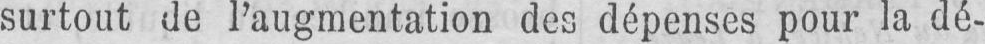
surtout de l’augmentation des dépenses pour la dé-